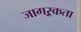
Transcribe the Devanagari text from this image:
जागऱ्रकता